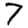
Digit: 7